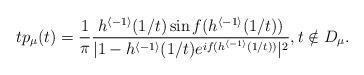
LaTeX: \begin{align*}tp_{\mu}(t)=\frac{1}{\pi}\frac{h^{\langle-1\rangle}(1/t)\sin f(h^{\langle-1\rangle}(1/t))}{|1-h^{\langle-1\rangle}(1/t)e^{if(h^{\langle-1\rangle}(1/t))}|^{2}},t\notin D_{\mu}.\end{align*}